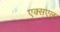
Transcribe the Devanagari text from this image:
एक्स्एल